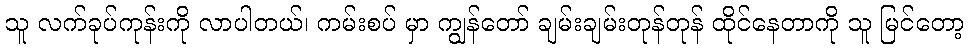
သူ လက်ခုပ်ကုန်းကို လာပါတယ်၊ ကမ်းစပ် မှာ ကျွန်တော် ချမ်းချမ်းတုန်တုန် ထိုင်နေတာကို သူ မြင်တော့